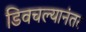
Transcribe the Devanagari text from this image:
डिवचल्यानंतर